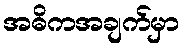
အဓိကအချက်မှာ